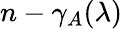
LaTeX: n-\gamma_{A}(\lambda)